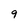
Character: 9